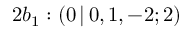
2 b _ { 1 } : ( 0 \, | \, 0 , 1 , - 2 ; 2 )